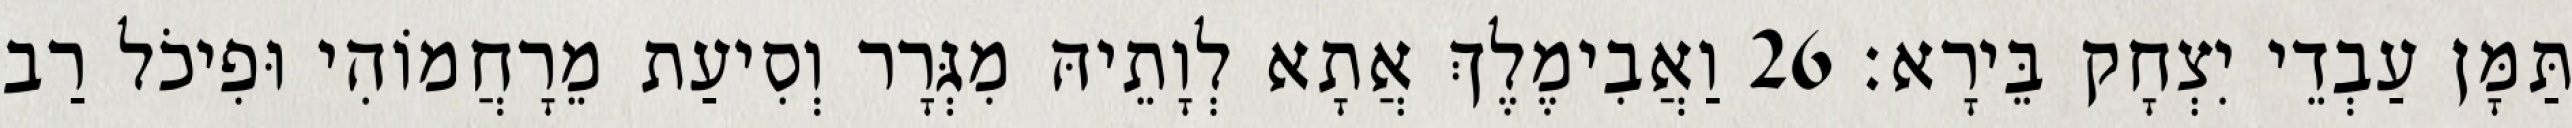
תַּמָּן עַבְדֵי יִצְחָק בֵּירָא׃ 26 וַאֲבִימֶלֶךְ אֲתָא לְוָתֵיהּ מִגְּרָר וְסִיעַת מֵרָחֲמוֹהִי וּפִיכֹל רַב